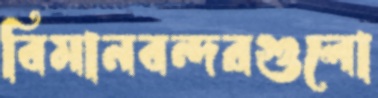
বিমানবন্দরগুলো